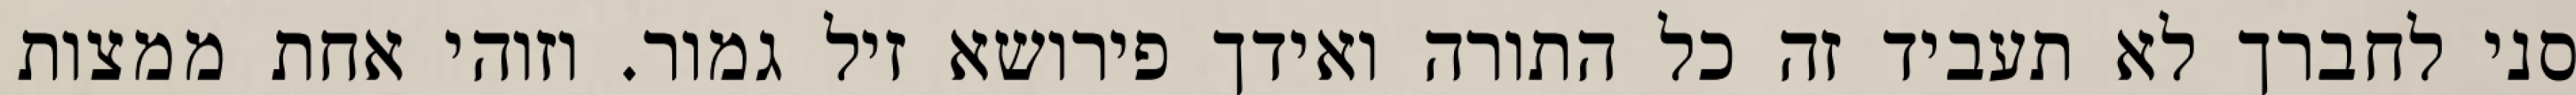
סני לחברך לא תעביד זה כל התורה ואידך פירושא זיל גמור. וזוהי אחת ממצות